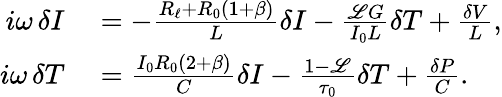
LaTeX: \begin{array}{rl}{\mathop{i\omega}\delta I}&{{}=-\frac{R_{\ell}+R_{0}(1+\beta)}{L}\delta I-\frac{\mathscr{L}G}{I_{0}L}\delta T+\frac{\delta V}{L},}\\ {\mathop{i\omega}\delta T}&{{}=\frac{I_{0}R_{0}(2+\beta)}{C}\delta I-\frac{1-\mathscr{L}}{\tau_{0}}\delta T+\frac{\delta P}{C}.}\end{array}